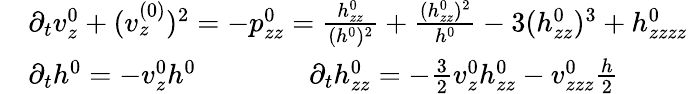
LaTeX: \begin{array}{rl}&{\partial_{t}v_{z}^{0}+(v_{z}^{(0)})^{2}=-p_{zz}^{0}=\frac{h_{zz}^{0}}{(h^{0})^{2}}+\frac{(h_{zz}^{0})^{2}}{h^{0}}-3(h_{zz}^{0})^{3}+h_{zzzz}^{0}}\\ &{\partial_{t}h^{0}=-v_{z}^{0}h^{0}\qquad\qquad\partial_{t}h_{zz}^{0}=-\frac{3}2v_{z}^{0}h_{zz}^{0}-v_{zzz}^{0}\frac{h}2}\end{array}